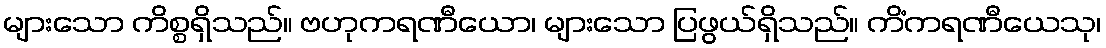
များသော ကိစ္စရှိသည်။ ဗဟုကရဏီယော၊ များသော ပြဖွယ်ရှိသည်။ ကိံကရဏီယေသု၊